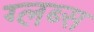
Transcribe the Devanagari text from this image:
ग्लब्स